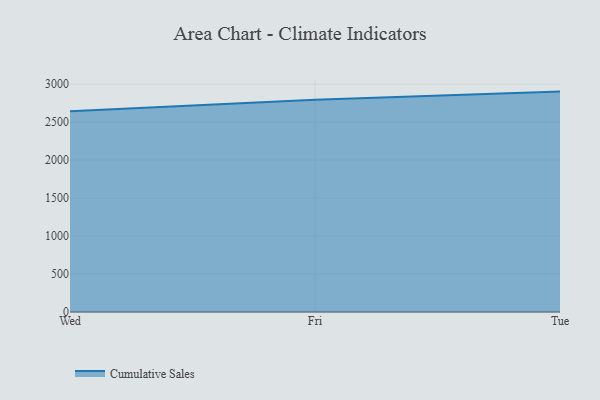
{"axis": {"x": "Day", "y": "Humidity (%)"}, "legend": ["Cumulative Sales"], "data": [{"x": "Wed", "y": 2643.6, "type": "Cumulative Sales"}, {"x": "Fri", "y": 2794.3, "type": "Cumulative Sales"}, {"x": "Tue", "y": 2902.4, "type": "Cumulative Sales"}]}